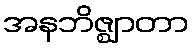
အနဘိဇ္ဈာတာ